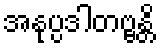
အနုပ္ပဒါတဗ္ဗန္တိ